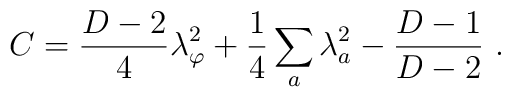
C = {D-2\over4} \lambda_\varphi^2 + {1\over4}\sum_a \lambda_a^2 - {D-1 \over D-2} \ .